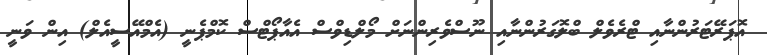
އޮޕަރޭޓަރުންނާއި ޓްރެވެލް ބްލޮގަރުންނާއި ނޫސްވެރިންނަށް މޯލްޑިވްސް އެއާޕޯޓްސް ކޮމްޕެނީ (އެމްއޭސީއެލް) އިން ވަނީ